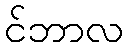
င်ဘာလ